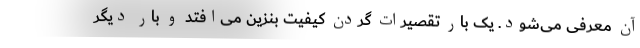
آن معرفی می‌شود. یک بار تقصیرات گردن کیفیت بنزین می‌افتد و بار دیگر